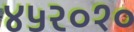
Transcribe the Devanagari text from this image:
४५२०१०